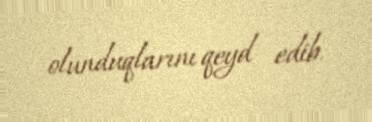
olunduqlarını qeyd edib.